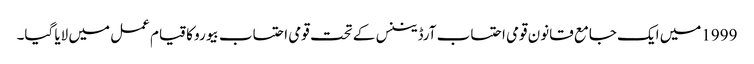
1999میں ایک جامع قانون قومی احتساب آرڈیننس کے تحت قومی احتساب بیورو کا قیام عمل میں لایا گیا۔